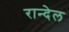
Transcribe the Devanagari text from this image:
रान्देल